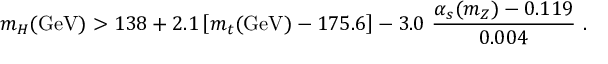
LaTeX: m _ { H } ( \mathrm { G e V } ) > 1 3 8 + 2 . 1 \left[ m _ { t } ( \mathrm { G e V } ) - 1 7 5 . 6 \right] - 3 . 0 ~ \frac { \alpha _ { s } ( m _ { Z } ) - 0 . 1 1 9 } { 0 . 0 0 4 } ~ .